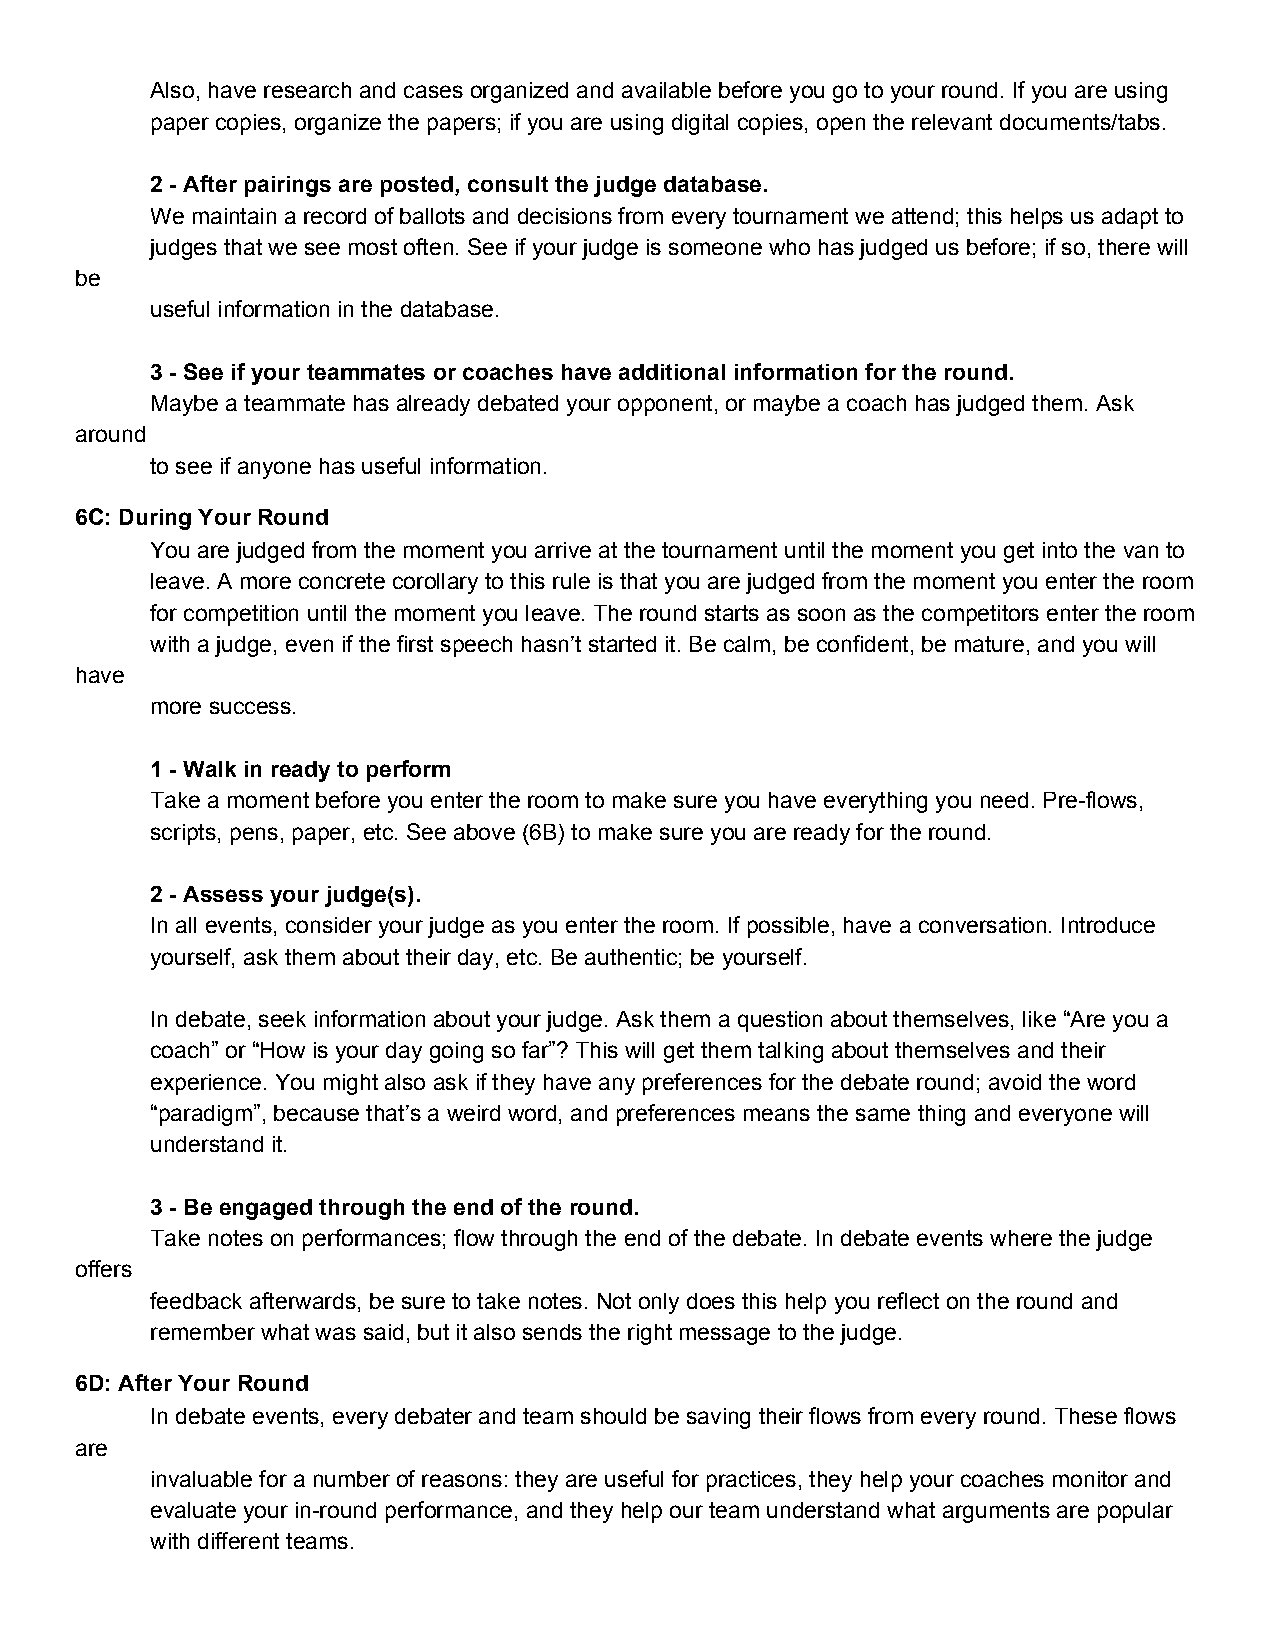
Also, have research and cases organized and available before you go to your round. If you are using
 paper copies, organize the papers; if you are using digital copies, open the relevant documents/tabs.
 2 ­ After pairings are posted, consult the judge database.
 We maintain a record of ballots and decisions from every tournament we attend; this helps us adapt to
 judges that we see most often. See if your judge is someone who has judged us before; if so, there will
 be
 useful information in the database.
 3 ­ See if your teammates or coaches have additional information for the round.
 Maybe a teammate has already debated your opponent, or maybe a coach has judged them. Ask
 around
 to see if anyone has useful information.
 6C: During Your Round
 You are judged from the moment you arrive at the tournament until the moment you get into the van to
 leave. A more concrete corollary to this rule is that you are judged from the moment you enter the room
 for competition until the moment you leave. The round starts as soon as the competitors enter the room
 with a judge, even if the first speech hasn’t started it. Be calm, be confident, be mature, and you will
 have
 more success.
 1 ­ Walk in ready to perform
 Take a moment before you enter the room to make sure you have everything you need. Pre­flows,
 scripts, pens, paper, etc. See above (6B) to make sure you are ready for the round.
 2 ­ Assess your judge(s).
 In all events, consider your judge as you enter the room. If possible, have a conversation. Introduce
 yourself, ask them about their day, etc. Be authentic; be yourself.
 In debate, seek information about your judge. Ask them a question about themselves, like “Are you a
 coach” or “How is your day going so far”? This will get them talking about themselves and their
 experience. You might also ask if they have any preferences for the debate round; avoid the word
 “paradigm”, because that’s a weird word, and preferences means the same thing and everyone will
 understand it.
 3 ­ Be engaged through the end of the round.
 Take notes on performances; flow through the end of the debate. In debate events where the judge
 offers
 feedback afterwards, be sure to take notes. Not only does this help you reflect on the round and
 remember what was said, but it also sends the right message to the judge.
 6D: After Your Round
 In debate events, every debater and team should be saving their flows from every round. These flows
 are
 invaluable for a number of reasons: they are useful for practices, they help your coaches monitor and
 evaluate your in­round performance, and they help our team understand what arguments are popular
 with different teams.